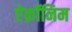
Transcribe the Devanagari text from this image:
ऐक्रॉनिम